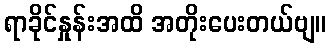
ရာခိုင်နှုန်းအထိ အတိုးပေးတယ်ဗျ။